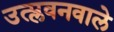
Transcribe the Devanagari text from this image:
उत्प्लवनवाले